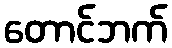
တောင်ဘက်